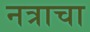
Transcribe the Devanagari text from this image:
नत्राचा